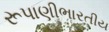
રૂપાણીભારતીય